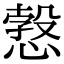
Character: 𢟥